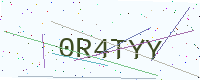
Text: 0R4TYY